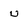
Character: u